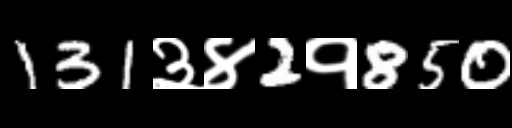
Text: 131३४2१850